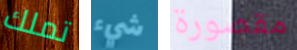
تملك شيء مقصورة